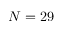
N = 2 9